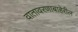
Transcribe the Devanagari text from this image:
वातावरणाबाहेरील